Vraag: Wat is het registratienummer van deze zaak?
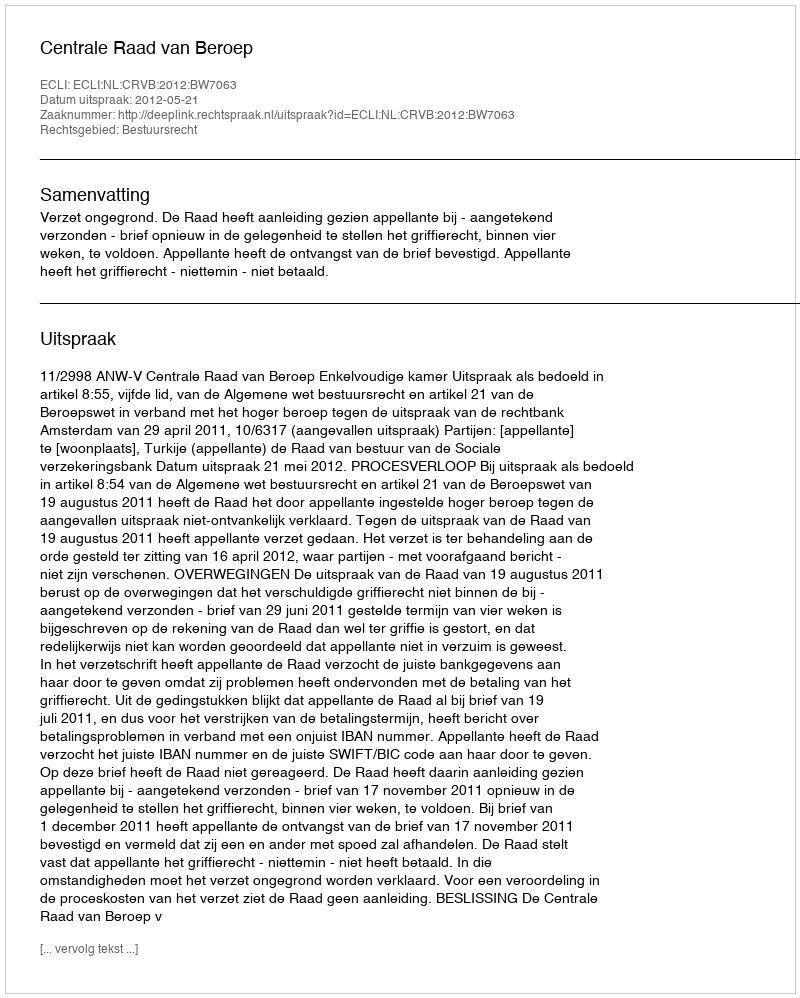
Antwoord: http://deeplink.rechtspraak.nl/uitspraak?id=ECLI:NL:CRVB:2012:BW7063